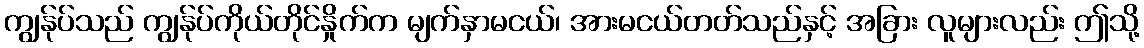
ကျွန်ုပ်သည် ကျွန်ုပ်ကိုယ်တိုင်နှိုက်က မျက်နှာမငယ်၊ အားမငယ်တတ်သည်နှင့် အခြား လူများလည်း ဤသို့